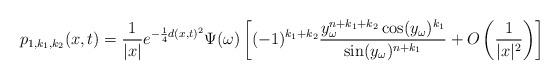
LaTeX: \begin{align*}p_{1,k_1,k_2}(x,t)= \frac{1}{|x|}e^{-\frac{1}{4}d(x,t)^2}\Psi(\omega) \left[(-1)^{k_1+k_2} \frac{ y_\omega^{n+k_1+k_2}\cos(y_\omega)^{k_1}}{\sin (y_\omega)^{n+k_1}} +O\left(\frac{1}{|x|^2}\right)\right]\end{align*}